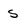
Character: s